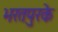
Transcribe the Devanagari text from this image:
भरतपुरके